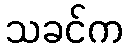
သခင်က